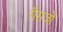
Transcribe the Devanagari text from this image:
गैराजों